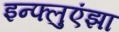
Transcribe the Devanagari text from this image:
इन्‍फ्लुएंझा